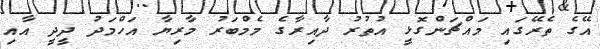
އޭގެ ތެރޭގައި މައްޗަންގޮޅީ އުތުރު ދާއިރާގެ މެމްބަރު މާރިޔާ އަހްމަދު ދީދީ އާއި